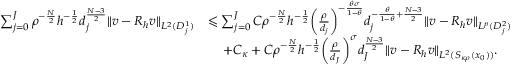
\begin{array} { r l } { \sum _ { j = 0 } ^ { J } \rho ^ { - \frac { N } 2 } h ^ { - \frac 1 2 } d _ { j } ^ { \frac { N - 3 } { 2 } } \| v - R _ { h } v \| _ { L ^ { 2 } ( D _ { j } ^ { 1 } ) } } & { \leqslant \sum _ { j = 0 } ^ { J } C \rho ^ { - \frac { N } 2 } h ^ { - \frac 1 2 } \bigg ( \frac { \rho } { d _ { j } } \bigg ) ^ { - \frac { \theta \sigma } { 1 - \theta } } d _ { j } ^ { - \frac { \theta } { 1 - \theta } + \frac { N - 3 } { 2 } } \| v - R _ { h } v \| _ { L ^ { p } ( D _ { j } ^ { 2 } ) } } \\ & { \quad \, + C _ { \kappa } + C \rho ^ { - \frac { N } 2 } h ^ { - \frac 1 2 } \bigg ( \frac { \rho } { d _ { J } } \bigg ) ^ { \sigma } d _ { J } ^ { \frac { N - 3 } { 2 } } \| v - R _ { h } v \| _ { L ^ { 2 } ( S _ { \kappa \rho } ( x _ { 0 } ) ) } . } \end{array}